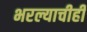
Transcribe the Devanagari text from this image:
भरल्याचीही